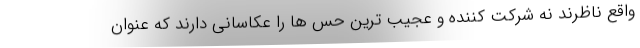
واقع ناظرند نه شرکت کننده و عجیب ترین حس ها را عکاسانی دارند که عنوان